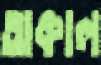
অকাল